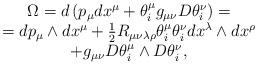
LaTeX: \begin{align*}\begin{array}{c}\Omega=d\left(p_\mu dx^\mu +\theta^\mu_i g_{\mu\nu}D\theta^\nu_i\right)= \\=dp_\mu\wedge dx^\mu+\frac 12 R_{\mu\nu\lambda\rho}\theta^\mu_i\theta^\nu_i dx^\lambda\wedge dx^\rho\\+g_{\mu\nu}D\theta^\mu_i\wedge D\theta^\nu_i,\end{array}\end{align*}